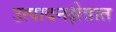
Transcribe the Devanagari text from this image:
उत्पादनक्षेत्रात